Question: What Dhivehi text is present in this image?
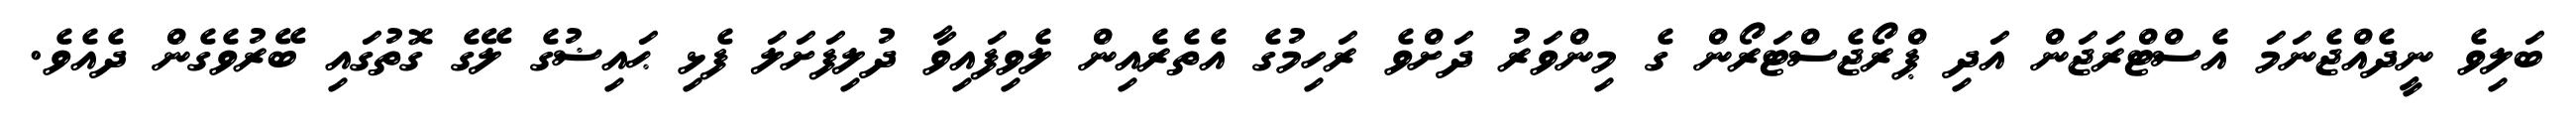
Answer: ބަލިވެ ނީދެއްޖެނަމަ އެސްޓްރަޖަން އަދި ޕްރޯޖެސްޓަރޯން ގެ މިންވަރު ދަށްވެ ރަހިމުގެ އެތެރެއިން ލެވިފައިވާ ދުލިފަށަލަ ފެޅި ޙައިޟުގެ ލޭގެ ގޮތުގައި ބޭރުވެގެން ދެއެވެ.